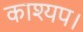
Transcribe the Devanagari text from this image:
काश्यप।